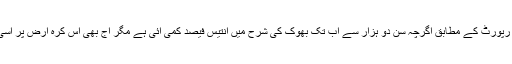
گذشتہ ہفتے جاری کی گئی سالانہ بھوک رپورٹ کے مطابق اگرچہ سن دو ہزار سے اب تک بھوک کی شرح میں انتیس فیصد کمی آئی ہے مگر آج بھی اس کرہِ ارض پر اسی کروڑ انسان رات کو بھوکے سوتے ہیں۔